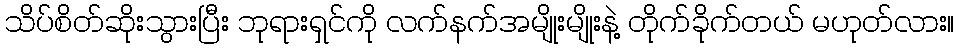
သိပ်စိတ်ဆိုးသွားပြီး ဘုရားရှင်ကို လက်နက်အမျိုးမျိုးနဲ့ တိုက်ခိုက်တယ် မဟုတ်လား။